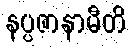
နပ္ပဇာနာမီတိ